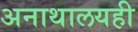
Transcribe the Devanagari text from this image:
अनाथालयही